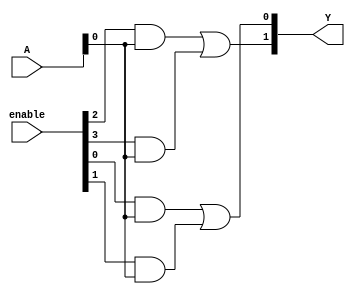
module SPAL #(
    parameter N = 4, // Number of inputs
    parameter P = 4, // Number of product terms
    parameter M = 2  // Number of outputs
)(
    input wire [N-1:0] A,        // Input lines
    input wire [P-1:0] enable,   // Enable signals for product terms
    output wire [M-1:0] Y        // Output lines
);

// Programmable AND array
wire [P-1:0] product_terms [N-1:0]; // Product terms (AND outputs)

// Generate product terms based on input signals and their complements
genvar i, j;
generate
    for (i = 0; i < P; i = i + 1) begin : and_array
        for (j = 0; j < N; j = j + 1) begin : input_combination
            assign product_terms[i][j] = (enable[i] && (A[j])); // AND with enable
        end
    end
endgenerate

// OR array (fixed)
wire [M-1:0] or_outputs; // Final outputs

assign or_outputs[0] = product_terms[0] | product_terms[1]; // Example combination for output Y1
assign or_outputs[1] = product_terms[2] | product_terms[3]; // Example combination for output Y2

// Assign outputs
assign Y = or_outputs;

endmodule